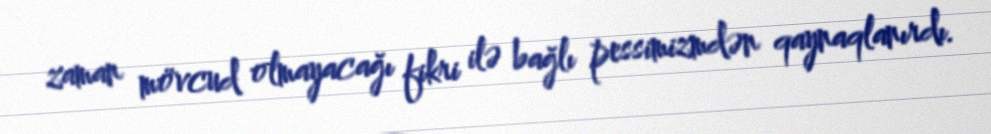
zaman mövcud olmayacağı fikri ilə bağlı pessimizmdən qaynaqlanırdı.